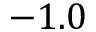
- 1 . 0